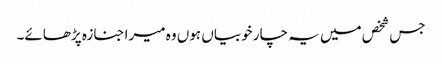
جس شخص میں یہ چار خوبیاں ہوں وہ میرا جنازہ پڑھائے۔